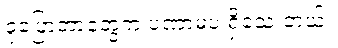
ခုပြောတာတွေက ပဏာမပဲ ရှိသေးတယ်။